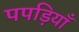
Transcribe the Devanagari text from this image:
पपड़ियाँ